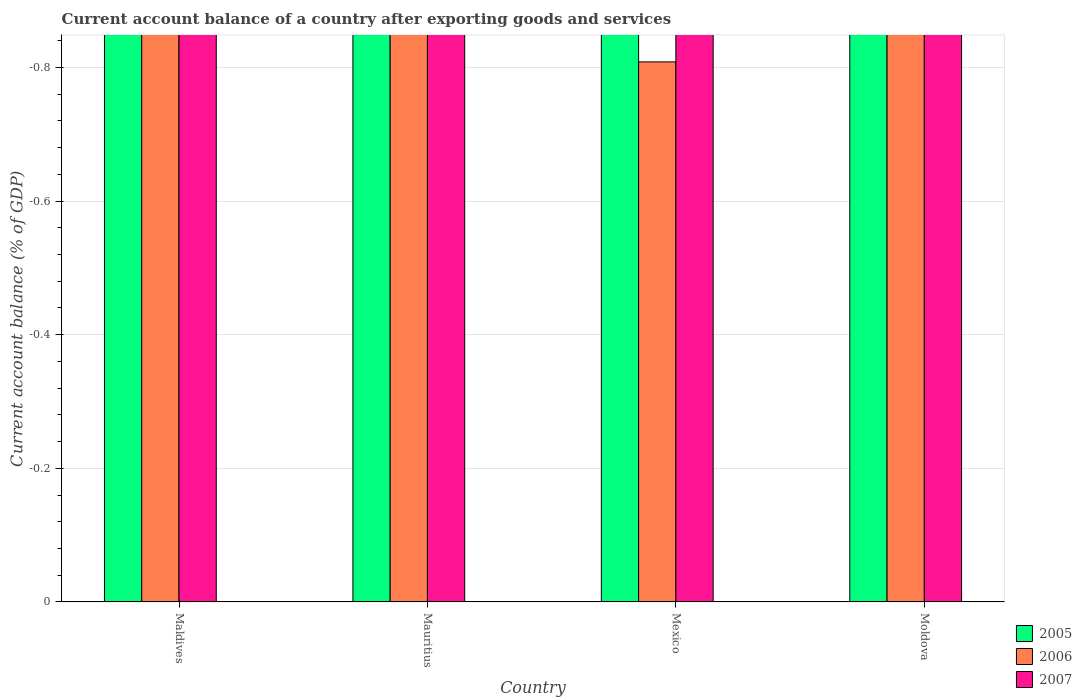
| Country | 2005 | 2006 | 2007 |
 | --- | --- | --- | --- |
 | Maldives | -24.4 | -20.5 | -15.4 |
 | Mauritius | -5.16 | -8.98 | -5.57 |
 | Mexico | -1.03 | -0.808 | -1.41 |
 | Moldova | -7.56 | -11.3 | -15.2 |